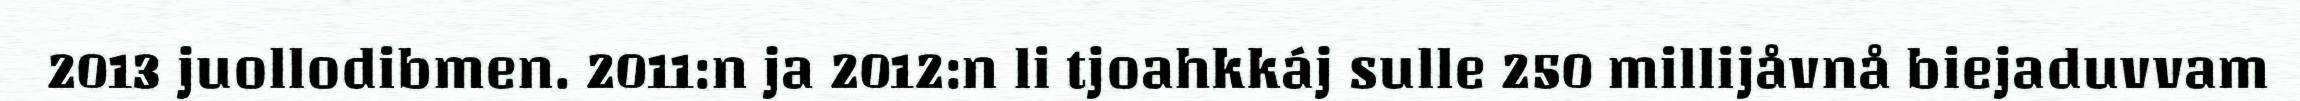
2013 juollodibmen. 2011:n ja 2012:n li tjoahkkáj sulle 250 millijåvnå biejaduvvam